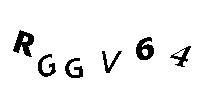
RGGV64